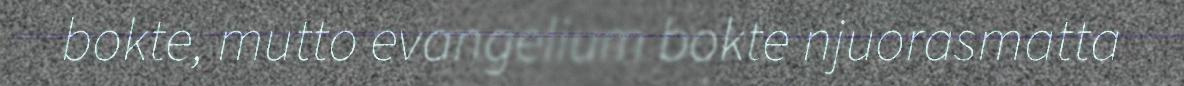
bokte, mutto evangelium bokte njuorasmatta